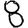
Digit: 8